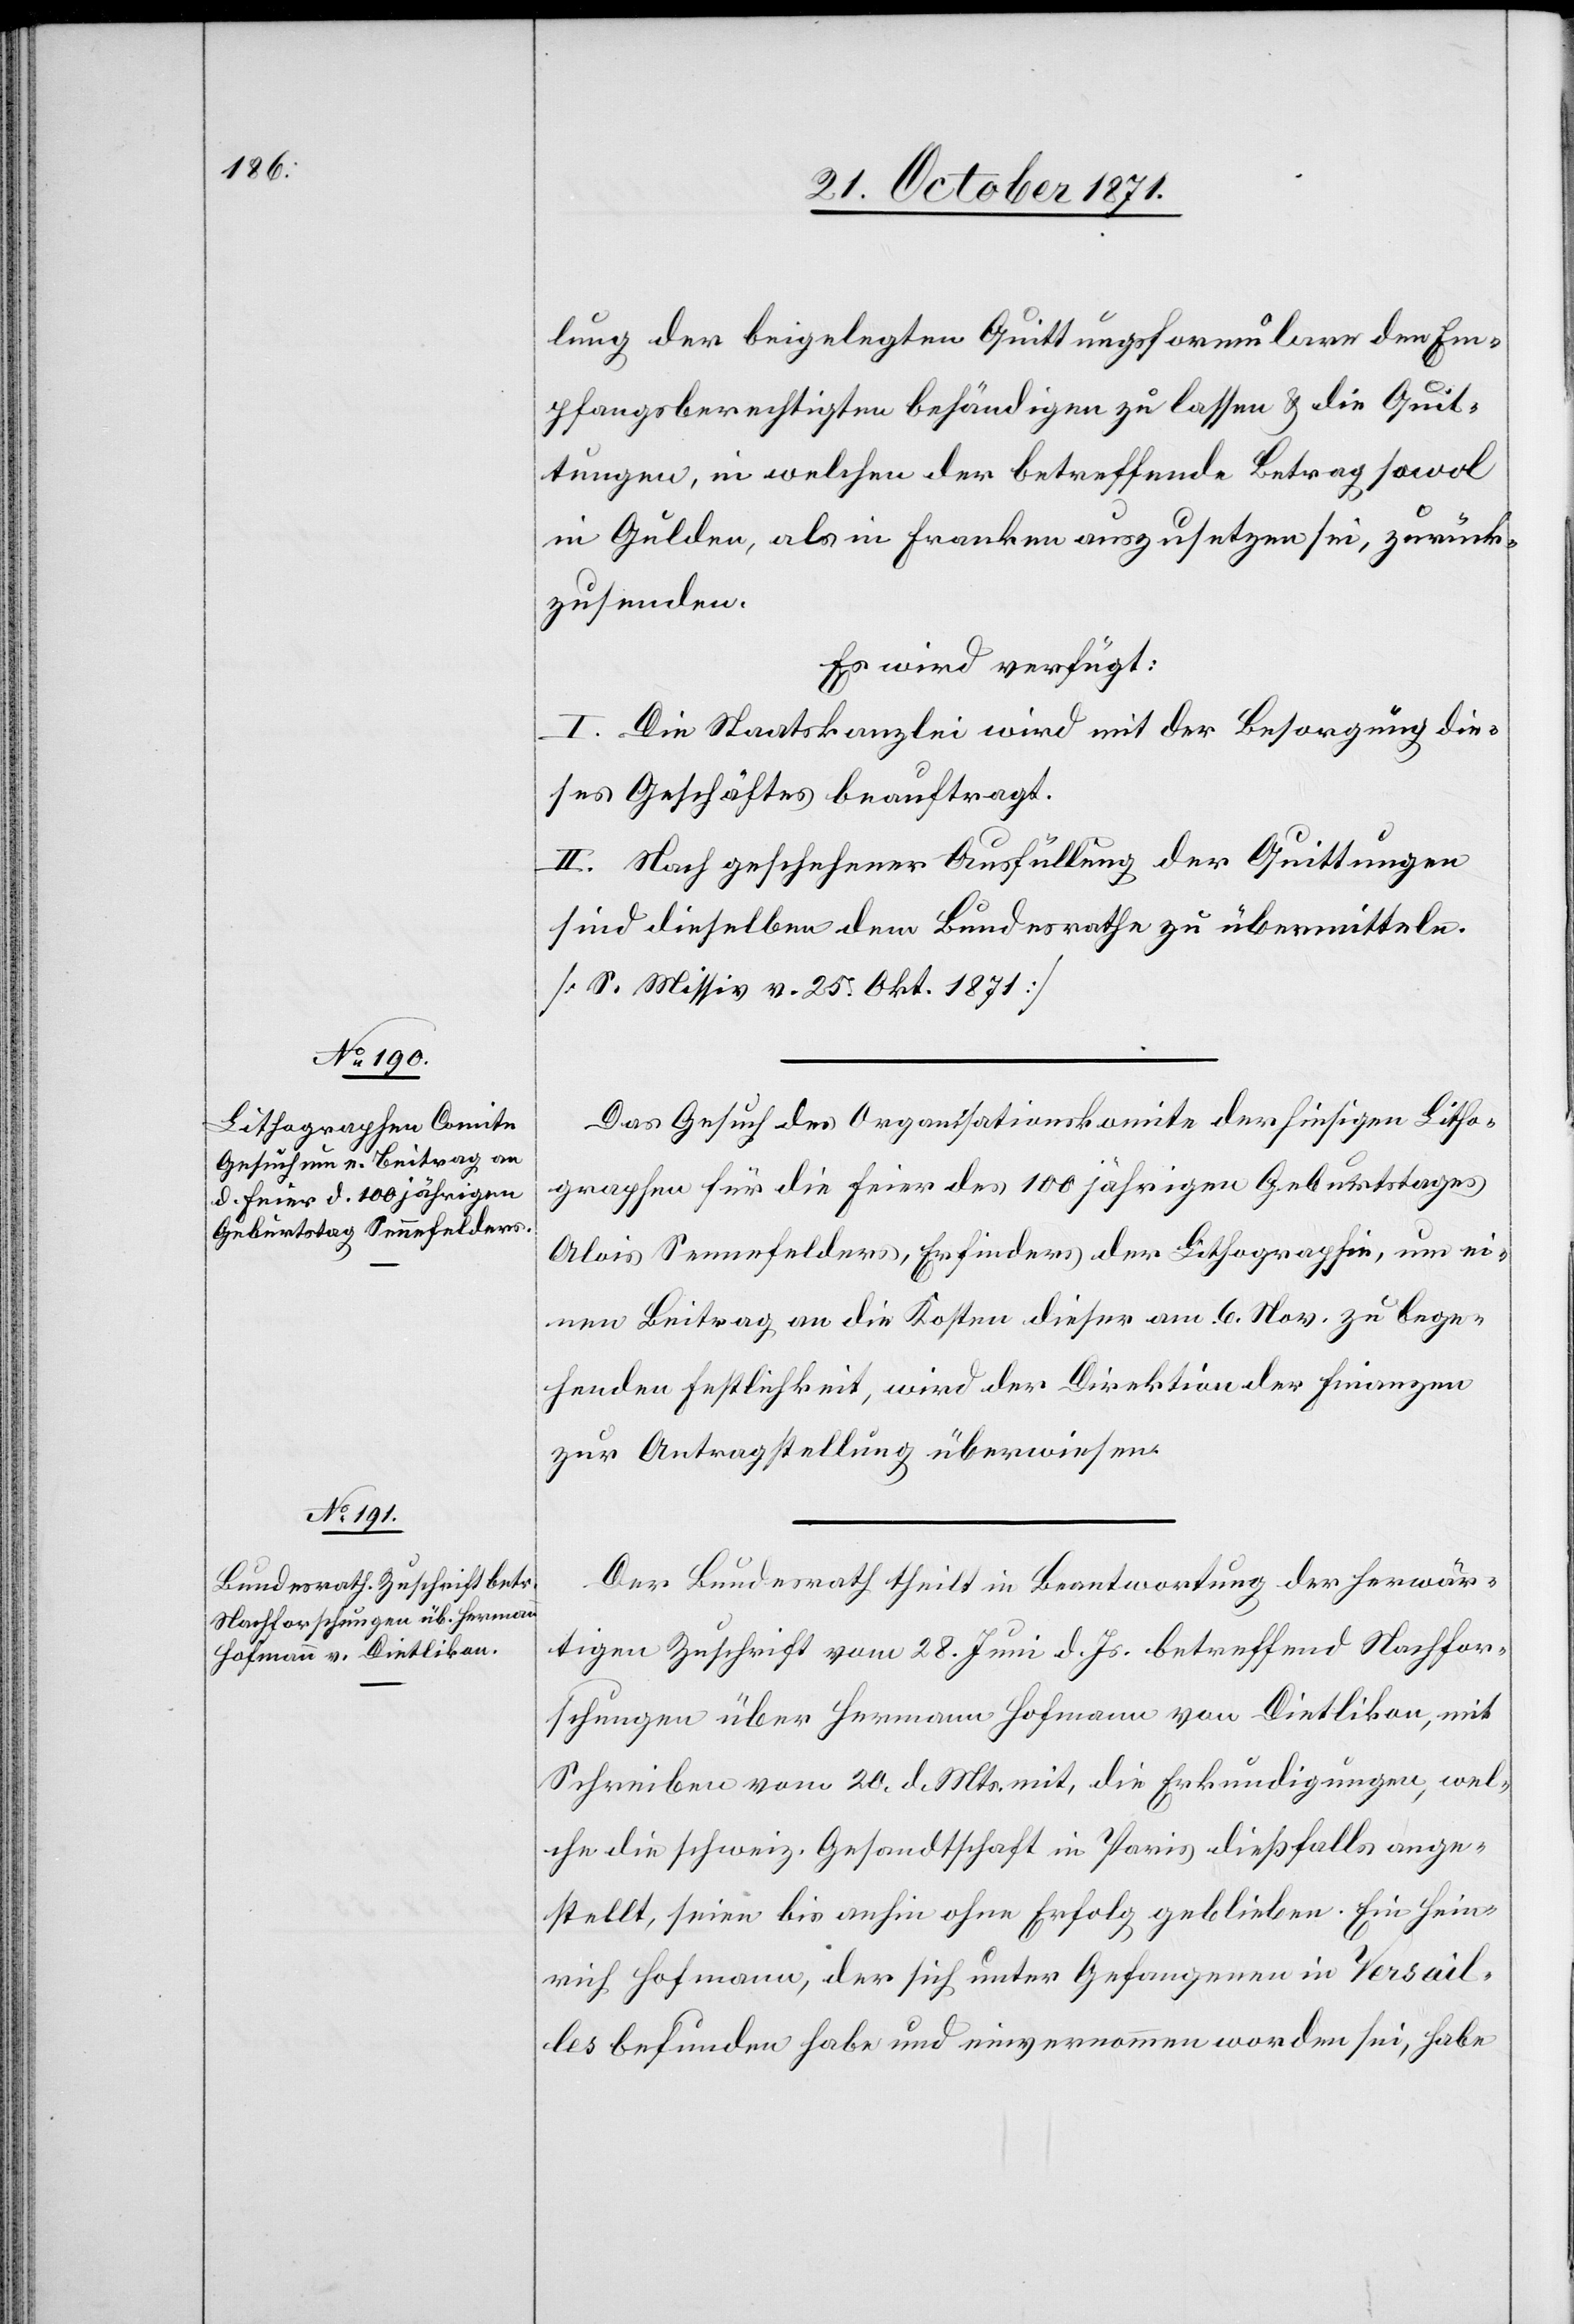
25. October 1871.]
lung der beigelegten Quittungsformulare den Em¬
pfangsberechtigten behändigen zu lassen & die Quit¬
tungen, in welchen der betreffende Betrag sowol
in Gulden, als in Franken auszusetzen sei, zurück¬
zusenden.
Es wird verfügt:
I. Die Staatskanzlei wird mit der Besorgung die¬
ses Geschäftes beauftragt.
II. Nach geschehener Ausfüllung der Quittungen
sind dieselben dem Bundesrathe zu übermitteln.
[S. Missiv v. 25. Okt. 1871]
Das Gesuch des Organisationskomite der hiesigen Litho¬
graphen für die Feier des 100 jährigen Geburtstages
[recte: Senefelders], Erfinders der Lithographie, um ei¬
nen Beitrag an die Kosten dieser am 6. Nov. zu bege¬
henden Festlichkeit, wird der Direktion der Finanzen
zur Antragstellung überwiesen.
Der Bundesrath theilt in Beantwortung der herwär¬
tigen Zuschrift vom 28. Juni d. Js. betreffend Nachfor¬
schungen über Hermann Hofmann von Dietlikon, mit
Schreiben vom 20. d. Mts. mit, die Erkundigungen, wel¬
che die schweiz. Gesandtschaft in Paris dießfalls ange¬
stellt, seien bis anhin ohne Erfolg geblieben. Ein Hein¬
rich Hofmann, der sich unter Gefangenen in Versail¬
les befunden habe und einvernommen worden sei, habe